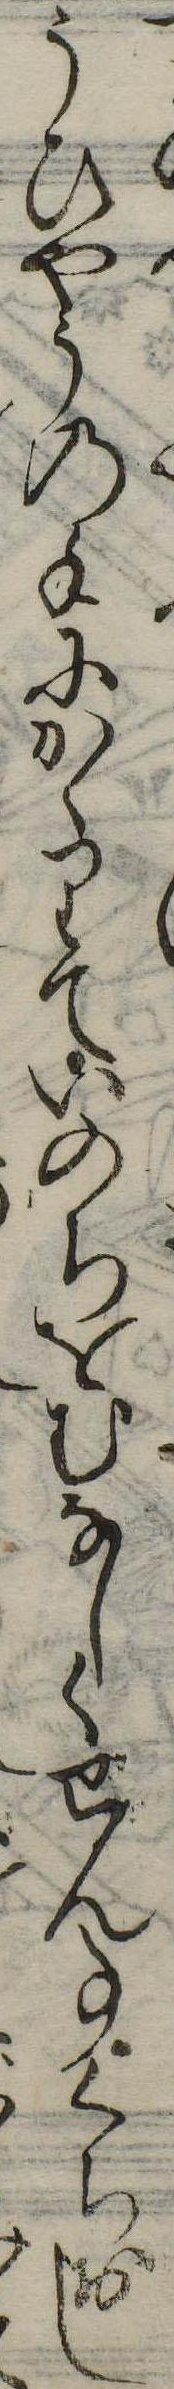
うひやうの手にかゝりていのちをむなしくせん事くちおし